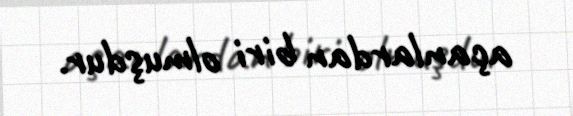
açanlardan biri olmuşdur.